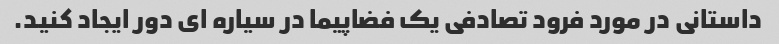
داستانی در مورد فرود تصادفی یک فضاپیما در سیاره ای دور ایجاد کنید.